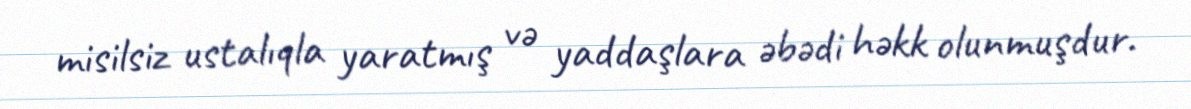
misilsiz ustalıqla yaratmış və yaddaşlara əbədi həkk olunmuşdur.